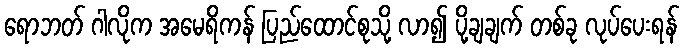
ရောဘတ် ဂါလိုက အမေရိကန် ပြည်ထောင်စုသို့ လာ၍ ပို့ချချက် တစ်ခု လုပ်ပေးရန်